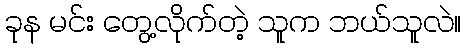
ခုန မင်း တွေ့လိုက်တဲ့ သူက ဘယ်သူလဲ။